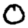
Digit: 0